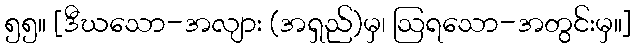
၅၅။ [ဒီဃသော-အလျား (အရှည်)မှ၊ ဩရသော-အတွင်းမှ။]